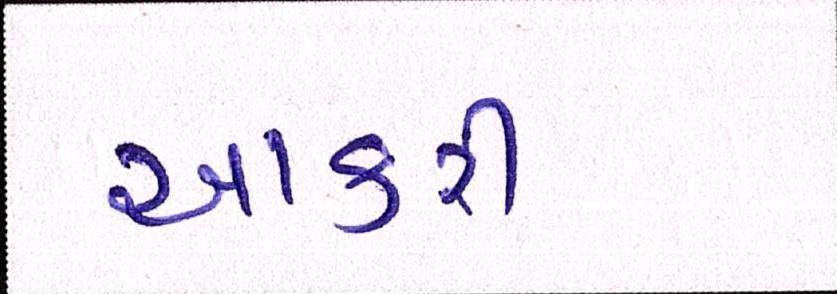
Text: આકરી